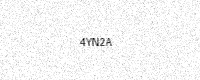
Text: 4YN2A